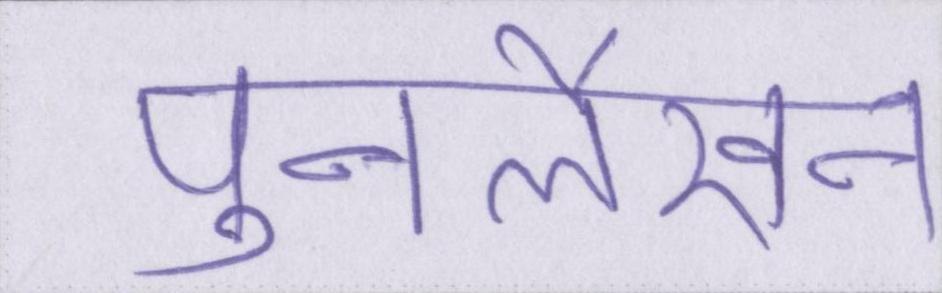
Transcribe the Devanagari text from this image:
पुनर्लेखन